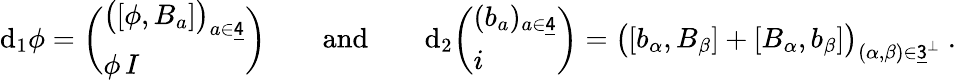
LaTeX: \begin{array}{r}{\mathrm{d}_{1}\phi=\bigg(\begin{array}{l}{\big([\phi,B_{a}]\big)_{a\in\underline{{\sf 4}}}}\\ {\phi\, I}\end{array}\bigg)\qquad\mathrm{and}\qquad\mathrm{d}_{2}\bigg(\begin{array}{l}{(b_{a})_{a\in\underline{{\sf 4}}}}\\ {i}\end{array}\bigg)=\big([b_{\alpha},B_{\beta}]+[B_{\alpha},b_{\beta}]\big)_{(\alpha,\beta)\in\underline{{\sf 3}}^{\perp}}\ .}\end{array}